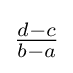
\textstyle {\frac {d-c}{b-a}}